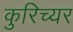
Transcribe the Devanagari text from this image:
कुरिच्यर